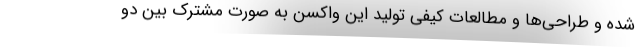
شده و طراحی‌ها و مطالعات کیفی تولید این واکسن به صورت مشترک بین دو